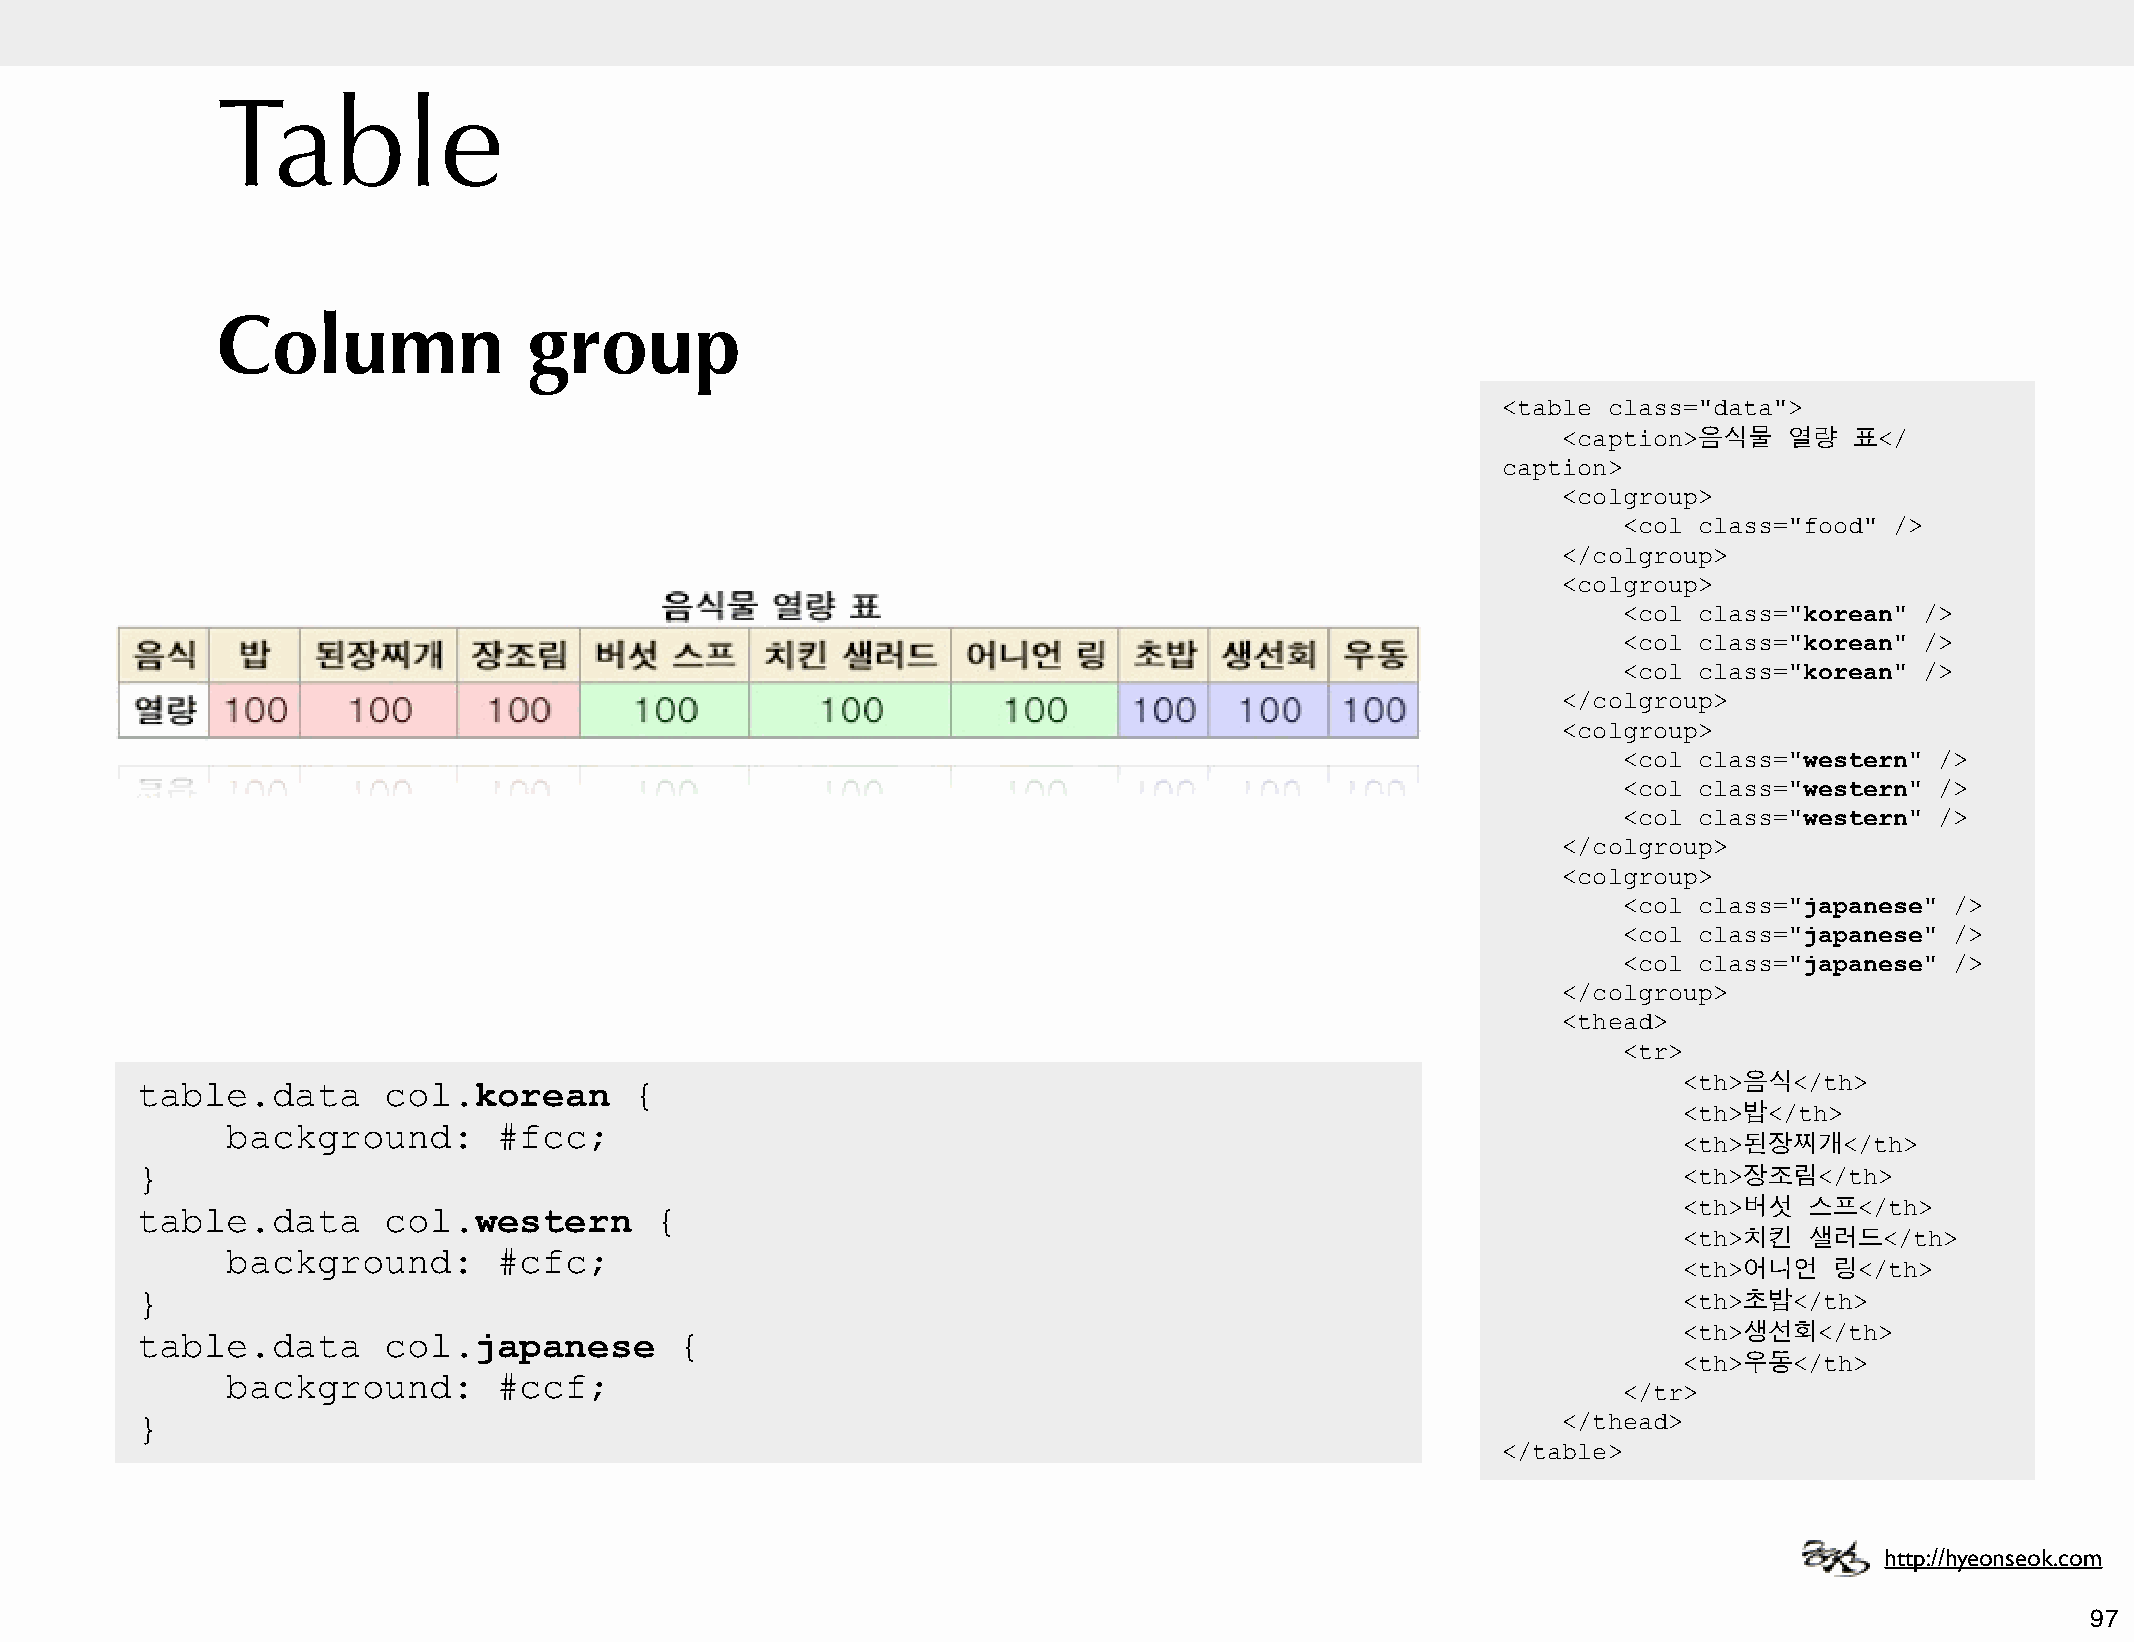
Table
 Column               group
 <table class="data">
 <caption>음식물   열량   표</
 caption>
 <colgroup>
 <col class="food" />
 </colgroup>
 <colgroup>
 <col class="korean" />
 <col class="korean" />
 <col class="korean" />
 </colgroup>
 <colgroup>
 <col class="western" />
 <col class="western" />
 <col class="western" />
 </colgroup>
 <colgroup>
 <col class="japanese" />
 <col class="japanese" />
 <col class="japanese" />
 </colgroup>
 <thead>
 <tr>
 <th>음식</th>
 table.data      col.korean       {
 <th>밥</th>
 background:       #fcc;
 <th>된장찌개</th>
 }                                                                                                     <th>장조림</th>
 <th>버섯   스프</th>
 table.data      col.western       {
 <th>치킨   샐러드</th>
 background:       #cfc;
 <th>어니언   링</th>
 }                                                                                                     <th>초밥</th>
 <th>생선회</th>
 table.data      col.japanese        {
 <th>우동</th>
 background:       #ccf;
 </tr>
 }                                                                                             </thead>
 </table>
 http://hyeonseok.com
 97